Petrogradi_Kontroll-Opteerimise_Komisjon, lk 196
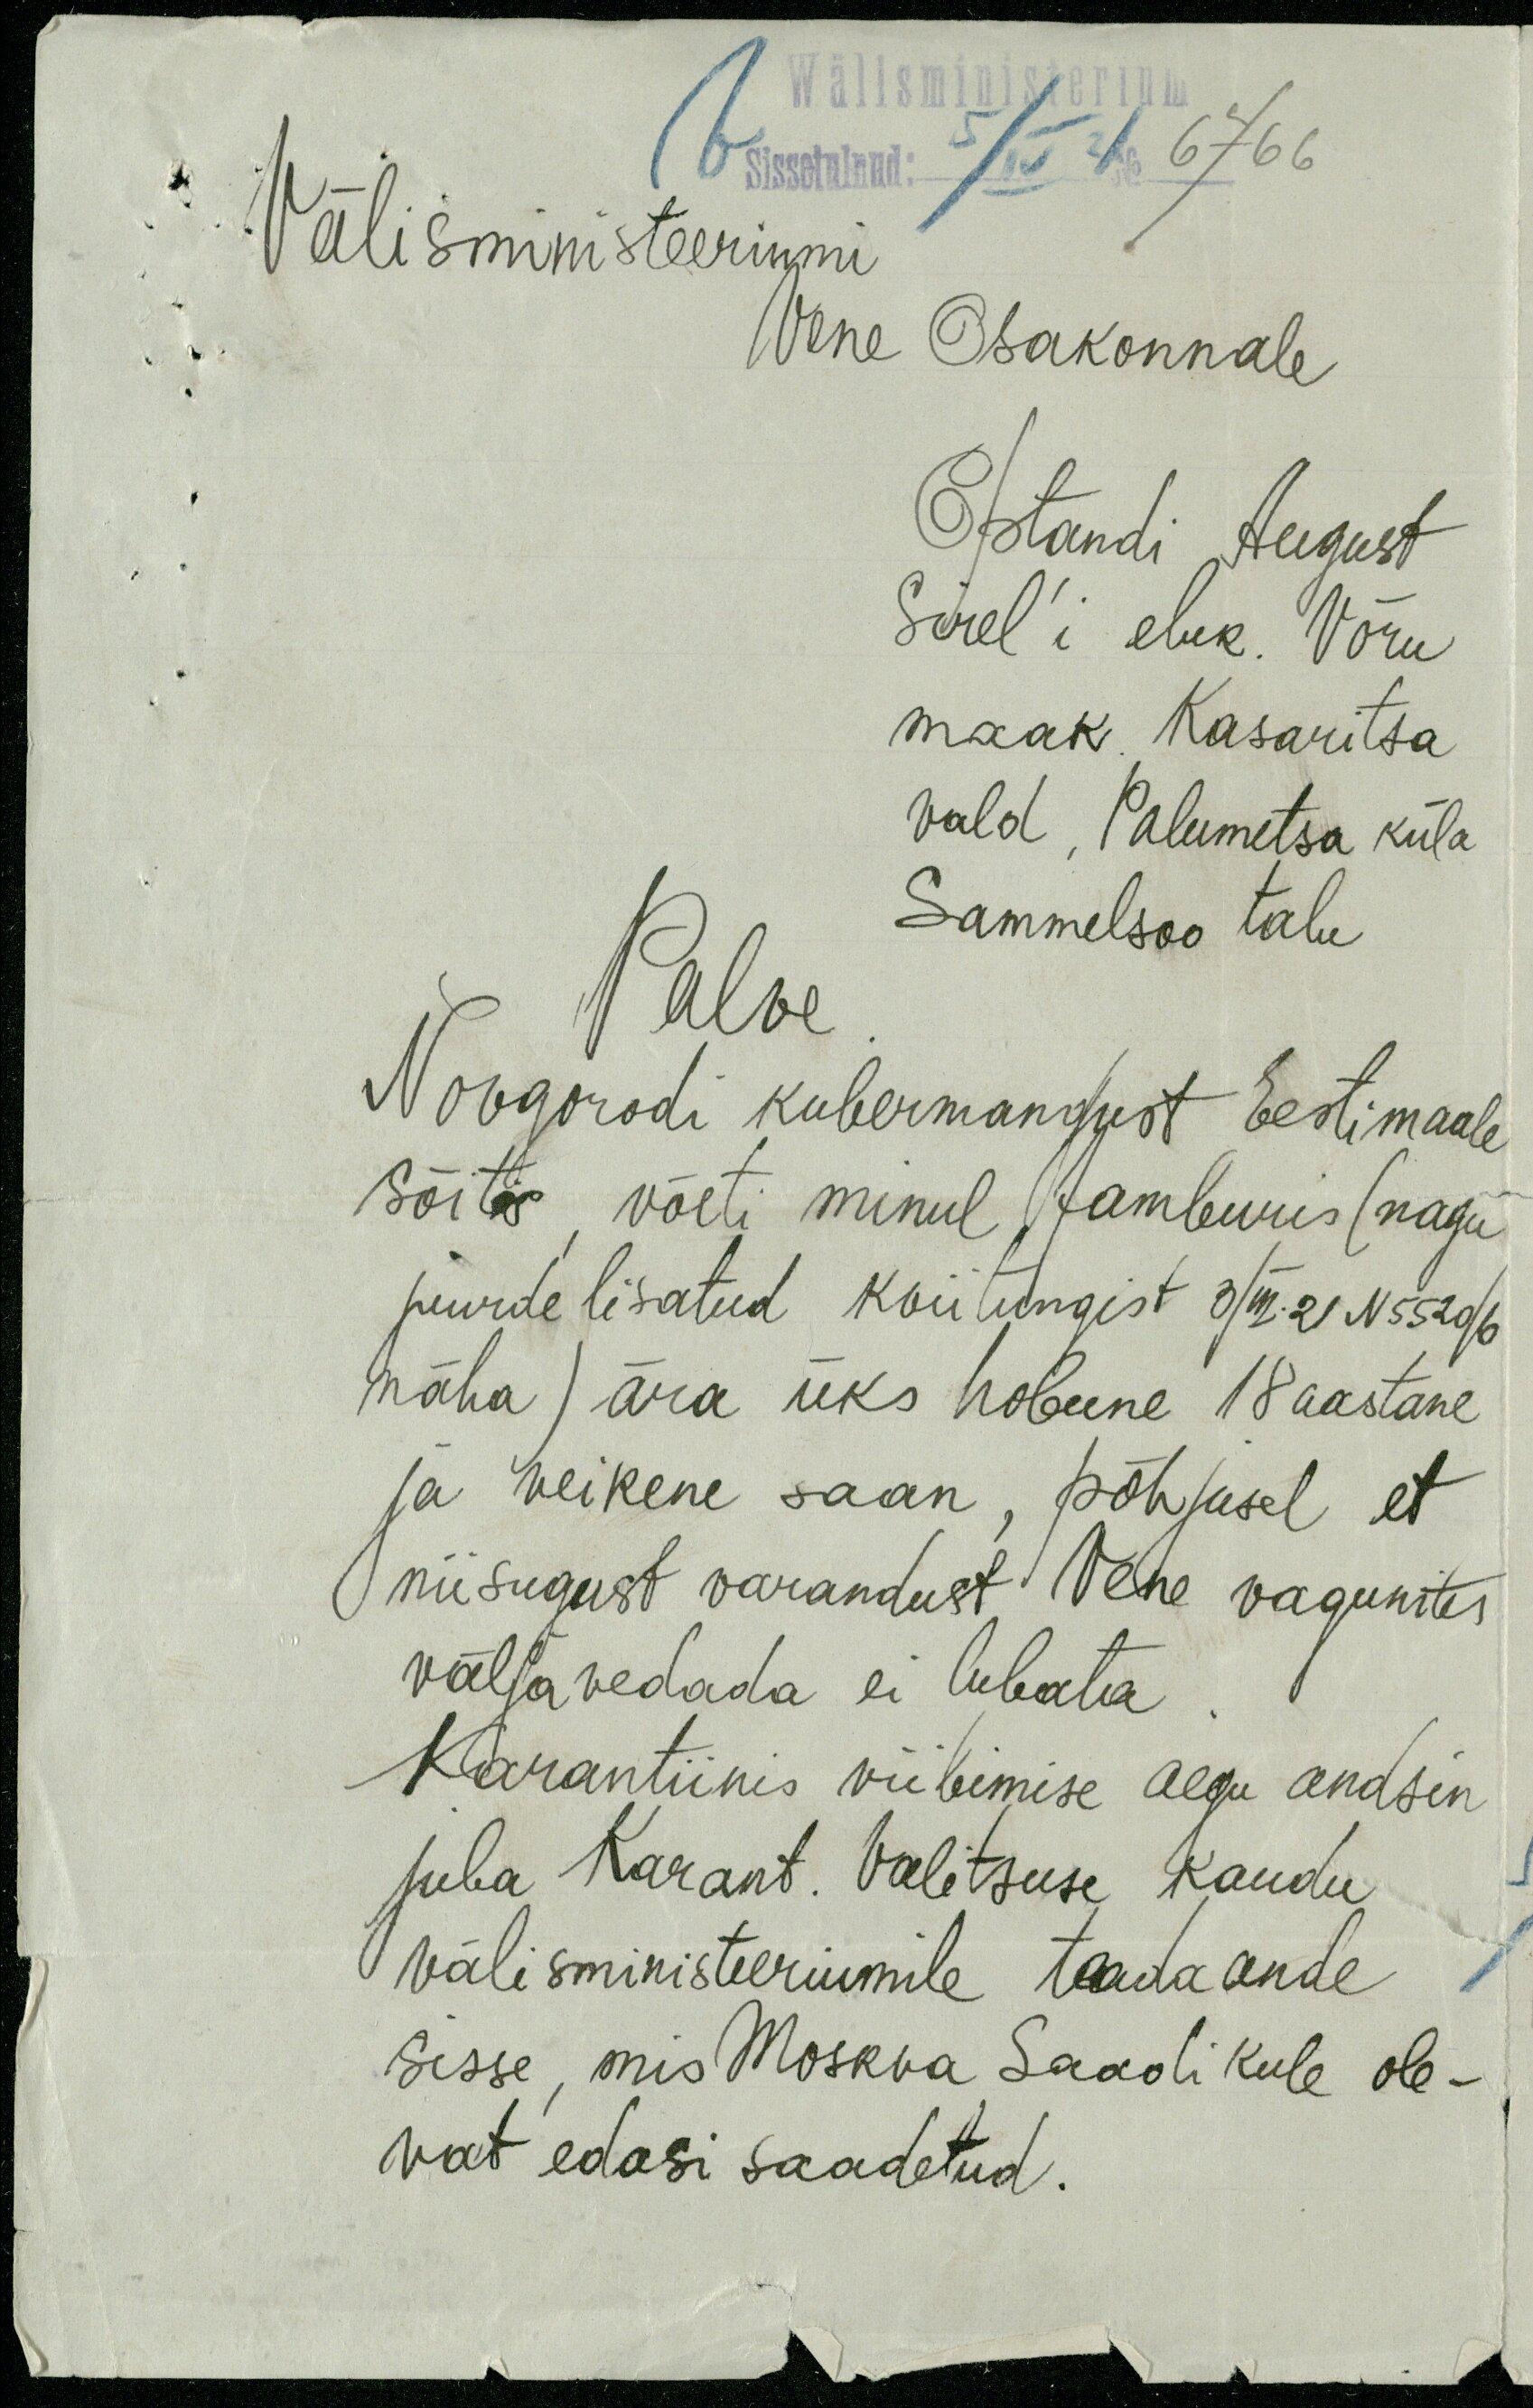
Wälisministerium
Sissetulnud: 5/IV 21 No 6766
Välisministeeriumi
Vene Osakonnale
Optandi August
Sirel'i eluk. Võru
maak. Kasaritsa
vald, Palumetsa küla
Sammelsoo talu
Palve.
Novgorodi kubermangust Eestimaale
sõites, võeti minul Jamburis (nagu
juurde lisatud kviitungist 3/III.21 N 5520/6
näha) ära üks hobune 18 aastane
ja veikene saan, põhjusel et
niisugust varandust Vene vagunites
välja vedada ei lubata.
Karantiinis viibimise aegu andsin
juba Karant. Valitsuse kaudu
välisministeeriumile teadaande
sisse, mis Moskva Saadikule ole-
vat edasi saadetud.